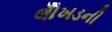
લોઁખડની